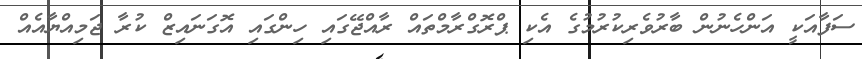
ސަފާއަކީ އަންހެނުން ބާރުވެރިކުރުމުގެ އެކި ޕްރޮގްރާމްތައް ރާއްޖޭގައި ހިންގައި އޮގަނައިޒް ކުރާ ޖަމިއްޔާއެއް